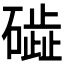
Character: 𥖋